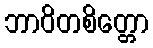
ဘာဝိတစိတ္တော